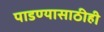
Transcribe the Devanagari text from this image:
पाडण्यासाठीही